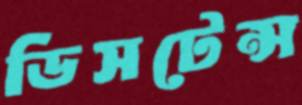
ডিসটেন্স